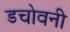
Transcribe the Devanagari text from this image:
डचोवनी